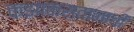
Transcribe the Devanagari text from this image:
कझाकस्तानाची